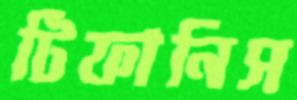
টিফানিস